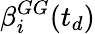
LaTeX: \beta_{i}^{GG}(t_{d})